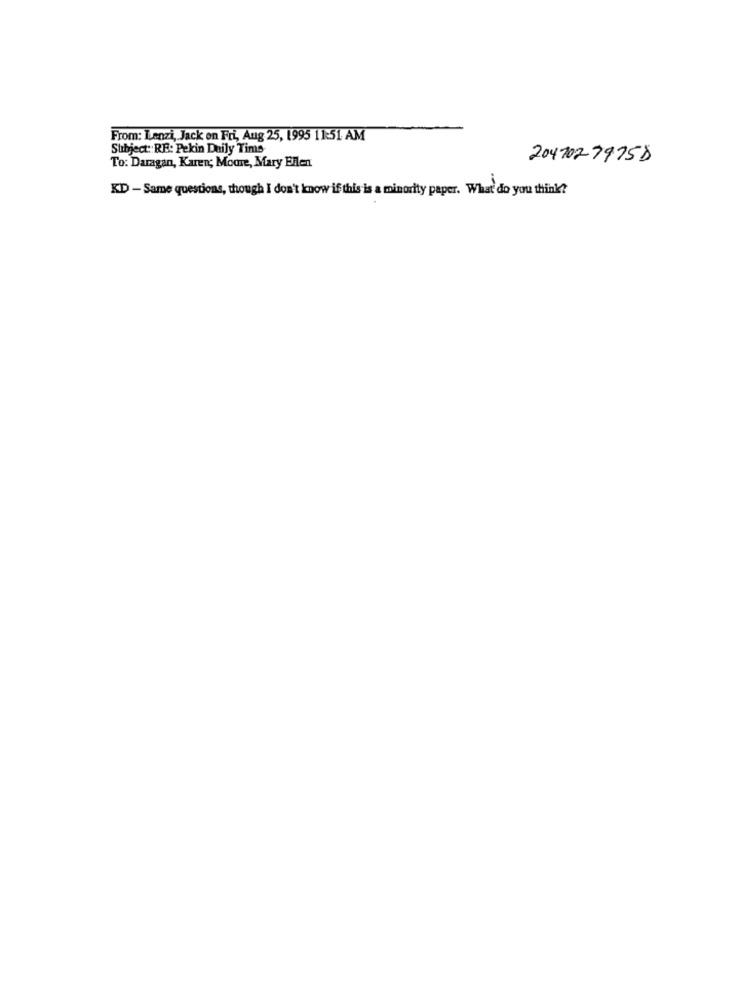
From: Lenzi, Jack on Fri, Aug 25, 1995 11:51 AM
Subject: RE: Pekin Daily Tims-
204702-79758
To: Daragan, Karen; Moore, Mary Ellen
KD - Same questions, though I don't know if this is a minority paper. What do you think?